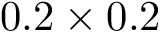
0 . 2 \times 0 . 2